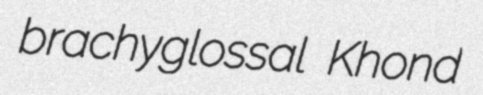
brachyglossal Khond